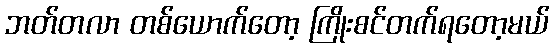
ဘတ်တလာ တစ်ယောက်တော့ ကြိုးစင်တက်ရတော့မယ်